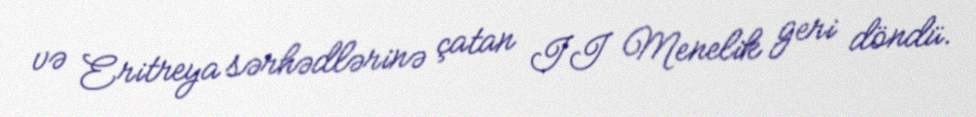
və Eritreya sərhədlərinə çatan II Menelik geri döndü.